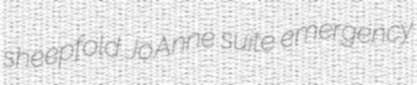
sheepfold JoAnne suite emergency